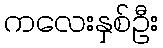
ကလေးနှစ်ဦး